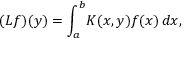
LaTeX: ( L f ) ( y ) = \int _ { a } ^ { b } \! K ( x , y ) f ( x ) \, d x ,